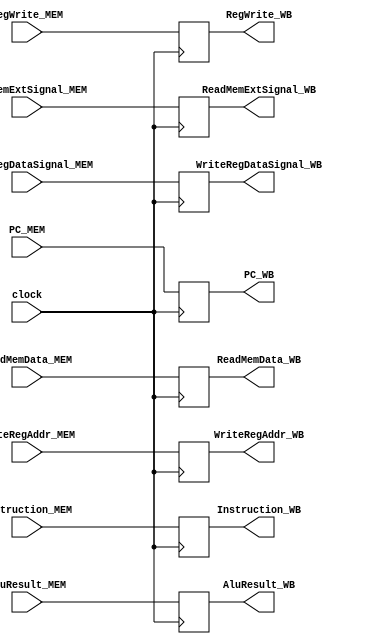
`timescale 1ns / 1ps

module MEM_WB(
    input clock,
    input           RegWrite_MEM,
    input [1:0]     WriteRegDataSignal_MEM,
    input [31:0]    ReadMemData_MEM,
    input [31:0]    AluResult_MEM,
    input [4:0]     WriteRegAddr_MEM,
    input [31:0] Instruction_MEM,
    input [3:0]  ReadMemExtSignal_MEM,
    input [31:0] PC_MEM,
    output reg      RegWrite_WB,
    output reg[1:0] WriteRegDataSignal_WB,
    output reg[31:0]ReadMemData_WB,
    output reg[31:0]AluResult_WB,
    output reg[4:0] WriteRegAddr_WB,
    output reg[31:0] Instruction_WB,
    output reg[3:0] ReadMemExtSignal_WB,
    output reg[31:0] PC_WB
    );
    
    always @(posedge clock) begin
        RegWrite_WB            <=   RegWrite_MEM           ;
        WriteRegDataSignal_WB  <=   WriteRegDataSignal_MEM ;
        ReadMemData_WB         <=   ReadMemData_MEM        ;
        AluResult_WB           <=   AluResult_MEM          ;
        WriteRegAddr_WB        <=   WriteRegAddr_MEM       ;
        Instruction_WB         <=   Instruction_MEM        ;
        ReadMemExtSignal_WB    <=   ReadMemExtSignal_MEM   ;
        PC_WB                  <=   PC_MEM;
    end
    
endmodule